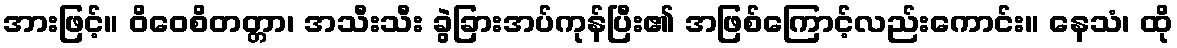
အားဖြင့်။ ဝိဝေစိတတ္တာ၊ အသီးသီး ခွဲခြားအပ်ကုန်ပြီး၏ အဖြစ်ကြောင့်လည်းကောင်း။ နေသံ၊ ထို